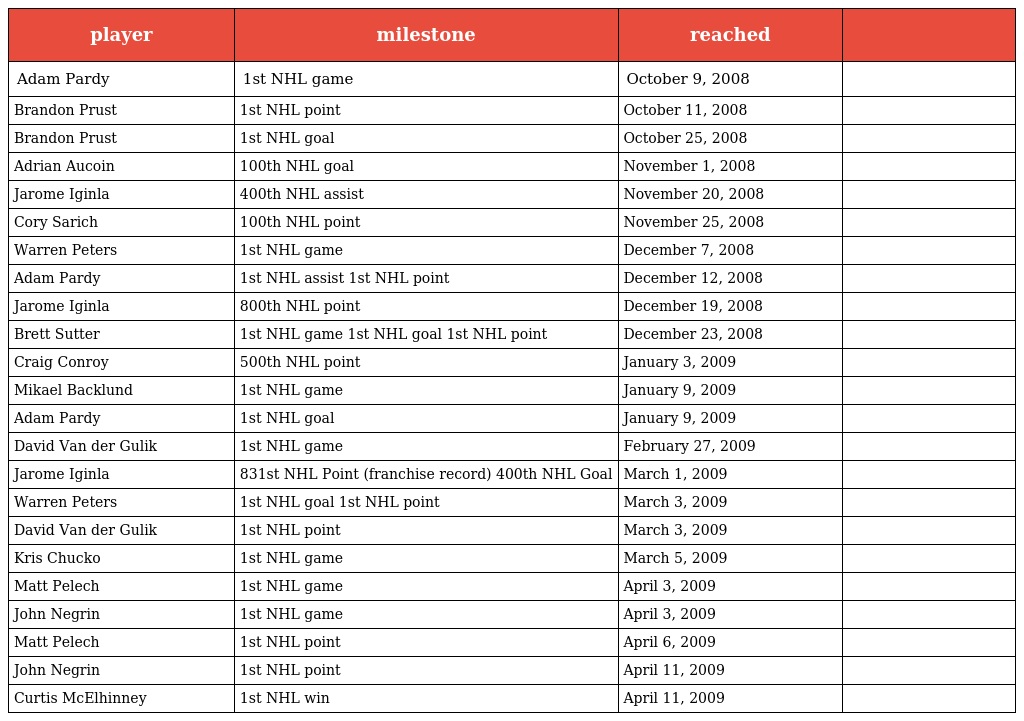
| player | milestone | reached |  |
 | --- | --- | --- | --- |
 | Adam Pardy | 1st NHL game | October 9, 2008 |  |
 | Brandon Prust | 1st NHL point | October 11, 2008 |  |
 | Brandon Prust | 1st NHL goal | October 25, 2008 |  |
 | Adrian Aucoin | 100th NHL goal | November 1, 2008 |  |
 | Jarome Iginla | 400th NHL assist | November 20, 2008 |  |
 | Cory Sarich | 100th NHL point | November 25, 2008 |  |
 | Warren Peters | 1st NHL game | December 7, 2008 |  |
 | Adam Pardy | 1st NHL assist 1st NHL point | December 12, 2008 |  |
 | Jarome Iginla | 800th NHL point | December 19, 2008 |  |
 | Brett Sutter | 1st NHL game 1st NHL goal 1st NHL point | December 23, 2008 |  |
 | Craig Conroy | 500th NHL point | January 3, 2009 |  |
 | Mikael Backlund | 1st NHL game | January 9, 2009 |  |
 | Adam Pardy | 1st NHL goal | January 9, 2009 |  |
 | David Van der Gulik | 1st NHL game | February 27, 2009 |  |
 | Jarome Iginla | 831st NHL Point (franchise record) 400th NHL Goal | March 1, 2009 |  |
 | Warren Peters | 1st NHL goal 1st NHL point | March 3, 2009 |  |
 | David Van der Gulik | 1st NHL point | March 3, 2009 |  |
 | Kris Chucko | 1st NHL game | March 5, 2009 |  |
 | Matt Pelech | 1st NHL game | April 3, 2009 |  |
 | John Negrin | 1st NHL game | April 3, 2009 |  |
 | Matt Pelech | 1st NHL point | April 6, 2009 |  |
 | John Negrin | 1st NHL point | April 11, 2009 |  |
 | Curtis McElhinney | 1st NHL win | April 11, 2009 |  |